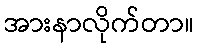
အားနာလိုက်တာ။